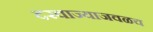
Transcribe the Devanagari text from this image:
दरवाज्याजवळच